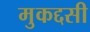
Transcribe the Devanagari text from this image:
मुकद्दसी